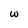
Character: w